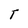
Character: T